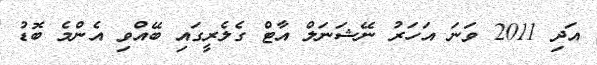
އަދި 2011 ވަނަ އަހަރު ނޭޝަނަލް އާޓް ގެލެރީގައި ބޭއްވި އެންމެ ބޮޑު